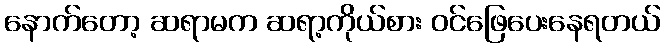
နောက်တော့ ဆရာမက ဆရာ့ကိုယ်စား ဝင်ဖြေပေးနေရတယ်